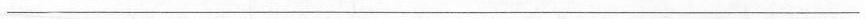
___